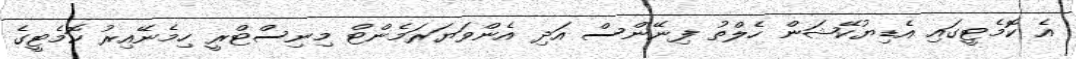
އެ ކޮމެޓީގައި އެޑިޔުކޭޝަން ހެލްތު ފިނޭންސް އަދި އެންވަޔަރަމެންޓް މިނިސްޓްރީ ހިމެނޭއިރު ކޮމެޓީގެ